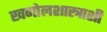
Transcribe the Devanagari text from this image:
खगोलशास्त्राशी